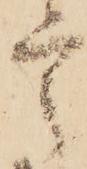
言